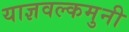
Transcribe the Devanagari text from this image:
याज्ञवल्कमुनी